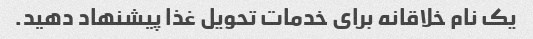
یک نام خلاقانه برای خدمات تحویل غذا پیشنهاد دهید.